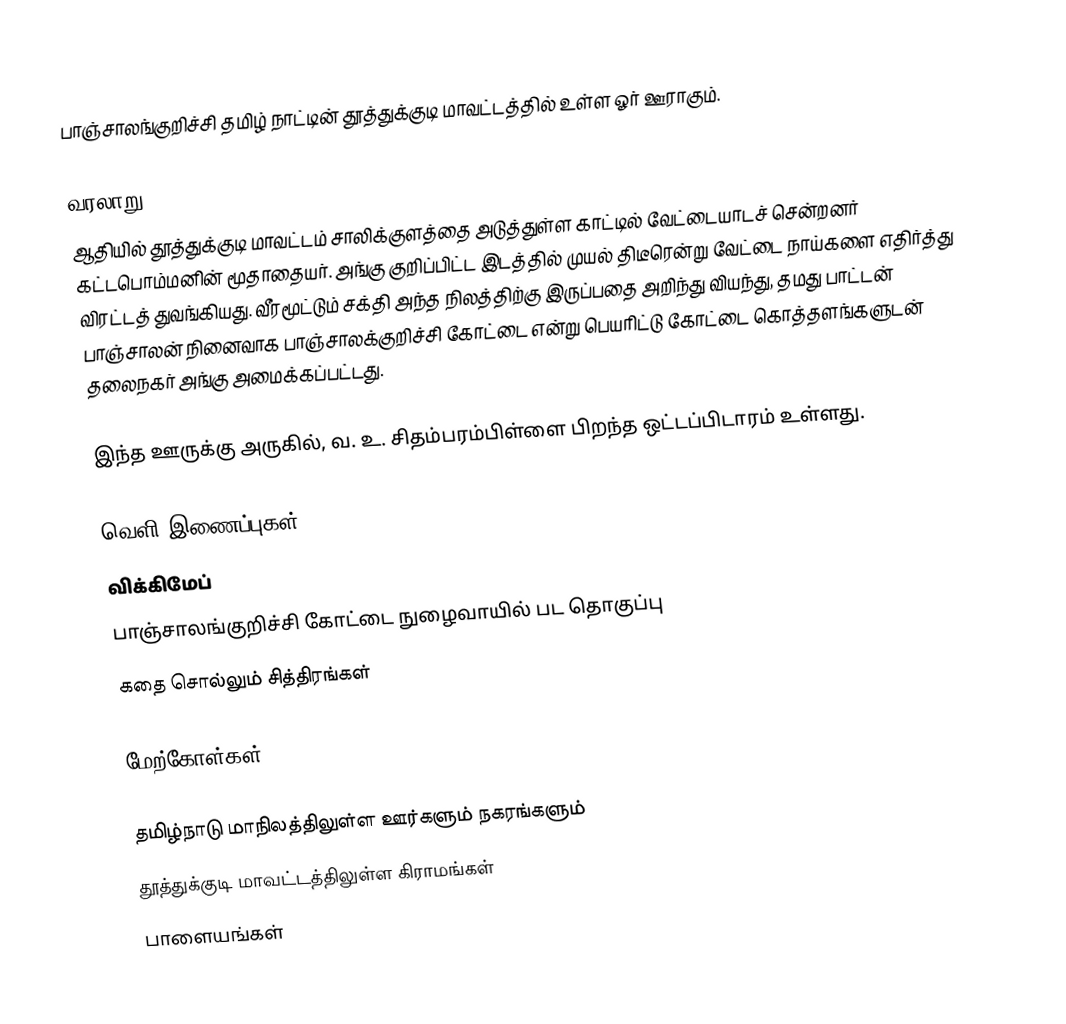
பாஞ்சாலங்குறிச்சி தமிழ் நாட்டின் தூத்துக்குடி மாவட்டத்தில் உள்ள ஓர் ஊராகும்.

வரலாறு
ஆதியில் தூத்துக்குடி மாவட்டம் சாலிக்குளத்தை அடுத்துள்ள காட்டில் வேட்டையாடச் சென்றனர் கட்டபொம்மனின் மூதாதையர். அங்கு குறிப்பிட்ட இடத்தில் முயல் திடீரென்று வேட்டை நாய்களை எதிர்த்து விரட்டத் துவங்கியது. வீரமூட்டும் சக்தி அந்த நிலத்திற்கு இருப்பதை அறிந்து வியந்து, தமது பாட்டன் பாஞ்சாலன் நினைவாக பாஞ்சாலக்குறிச்சி கோட்டை என்று பெயரிட்டு கோட்டை கொத்தளங்களுடன் தலைநகர் அங்கு அமைக்கப்பட்டது.

இந்த ஊருக்கு அருகில், வ. உ. சிதம்பரம்பிள்ளை பிறந்த ஒட்டப்பிடாரம் உள்ளது.

வெளி இணைப்புகள்
 விக்கிமேப்
 பாஞ்சாலங்குறிச்சி கோட்டை  நுழைவாயில் பட தொகுப்பு
 கதை சொல்லும் சித்திரங்கள்

மேற்கோள்கள்

தமிழ்நாடு மாநிலத்திலுள்ள ஊர்களும் நகரங்களும்
தூத்துக்குடி மாவட்டத்திலுள்ள கிராமங்கள்
பாளையங்கள்